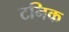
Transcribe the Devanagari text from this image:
टनिक